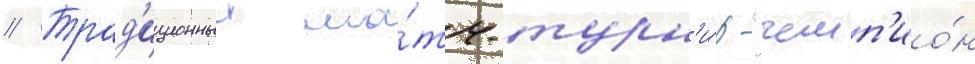
// Трад'иционныи ма́тч-турн'и́р "чемп'ио́н